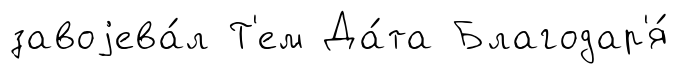
завоjева́л Т'ем Да́та Благодар'я́